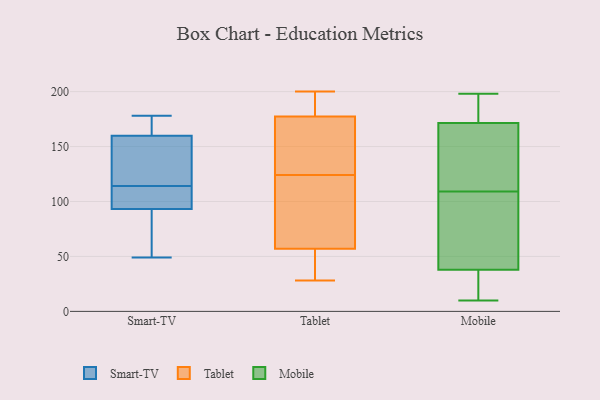
{"axis": {"x": "Production Output", "y": "Value"}, "legend": ["Mobile", "Smart-TV", "Tablet"], "data": [{"x": "", "y": 60, "type": "Smart-TV"}, {"x": "", "y": 114, "type": "Smart-TV"}, {"x": "", "y": 91, "type": "Smart-TV"}, {"x": "", "y": 114, "type": "Smart-TV"}, {"x": "", "y": 160, "type": "Smart-TV"}, {"x": "", "y": 171, "type": "Smart-TV"}, {"x": "", "y": 105, "type": "Smart-TV"}, {"x": "", "y": 134, "type": "Smart-TV"}, {"x": "", "y": 167, "type": "Smart-TV"}, {"x": "", "y": 49, "type": "Smart-TV"}, {"x": "", "y": 118, "type": "Smart-TV"}, {"x": "", "y": 113, "type": "Smart-TV"}, {"x": "", "y": 159, "type": "Smart-TV"}, {"x": "", "y": 69, "type": "Smart-TV"}, {"x": "", "y": 166, "type": "Smart-TV"}, {"x": "", "y": 100, "type": "Smart-TV"}, {"x": "", "y": 139, "type": "Smart-TV"}, {"x": "", "y": 178, "type": "Smart-TV"}, {"x": "", "y": 52, "type": "Smart-TV"}, {"x": "", "y": 145, "type": "Tablet"}, {"x": "", "y": 182, "type": "Tablet"}, {"x": "", "y": 72, "type": "Tablet"}, {"x": "", "y": 71, "type": "Tablet"}, {"x": "", "y": 152, "type": "Tablet"}, {"x": "", "y": 200, "type": "Tablet"}, {"x": "", "y": 28, "type": "Tablet"}, {"x": "", "y": 56, "type": "Tablet"}, {"x": "", "y": 198, "type": "Tablet"}, {"x": "", "y": 188, "type": "Tablet"}, {"x": "", "y": 124, "type": "Tablet"}, {"x": "", "y": 163, "type": "Tablet"}, {"x": "", "y": 60, "type": "Tablet"}, {"x": "", "y": 56, "type": "Tablet"}, {"x": "", "y": 55, "type": "Tablet"}, {"x": "", "y": 38, "type": "Mobile"}, {"x": "", "y": 111, "type": "Mobile"}, {"x": "", "y": 186, "type": "Mobile"}, {"x": "", "y": 156, "type": "Mobile"}, {"x": "", "y": 173, "type": "Mobile"}, {"x": "", "y": 180, "type": "Mobile"}, {"x": "", "y": 109, "type": "Mobile"}, {"x": "", "y": 10, "type": "Mobile"}, {"x": "", "y": 167, "type": "Mobile"}, {"x": "", "y": 26, "type": "Mobile"}, {"x": "", "y": 38, "type": "Mobile"}, {"x": "", "y": 10, "type": "Mobile"}, {"x": "", "y": 198, "type": "Mobile"}, {"x": "", "y": 46, "type": "Mobile"}, {"x": "", "y": 105, "type": "Mobile"}]}